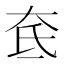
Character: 奃